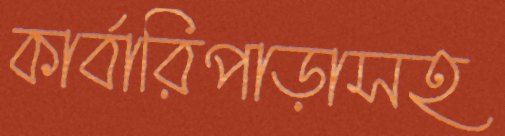
কার্বারিপাড়াসহ